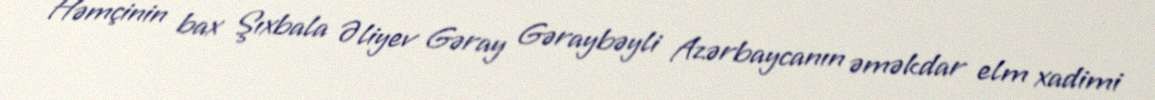
Həmçinin bax Şıxbala Əliyev Gəray Gəraybəyli Azərbaycanın əməkdar elm xadimi